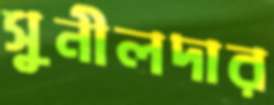
সুনীলদার